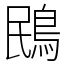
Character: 鴖